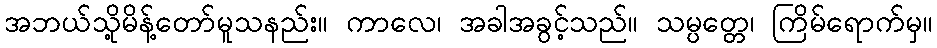
အဘယ်သို့မိန့်တော်မူသနည်း။ ကာလေ၊ အခါအခွင့်သည်။ သမ္ပတ္တေ၊ ကြိမ်ရောက်မှ။